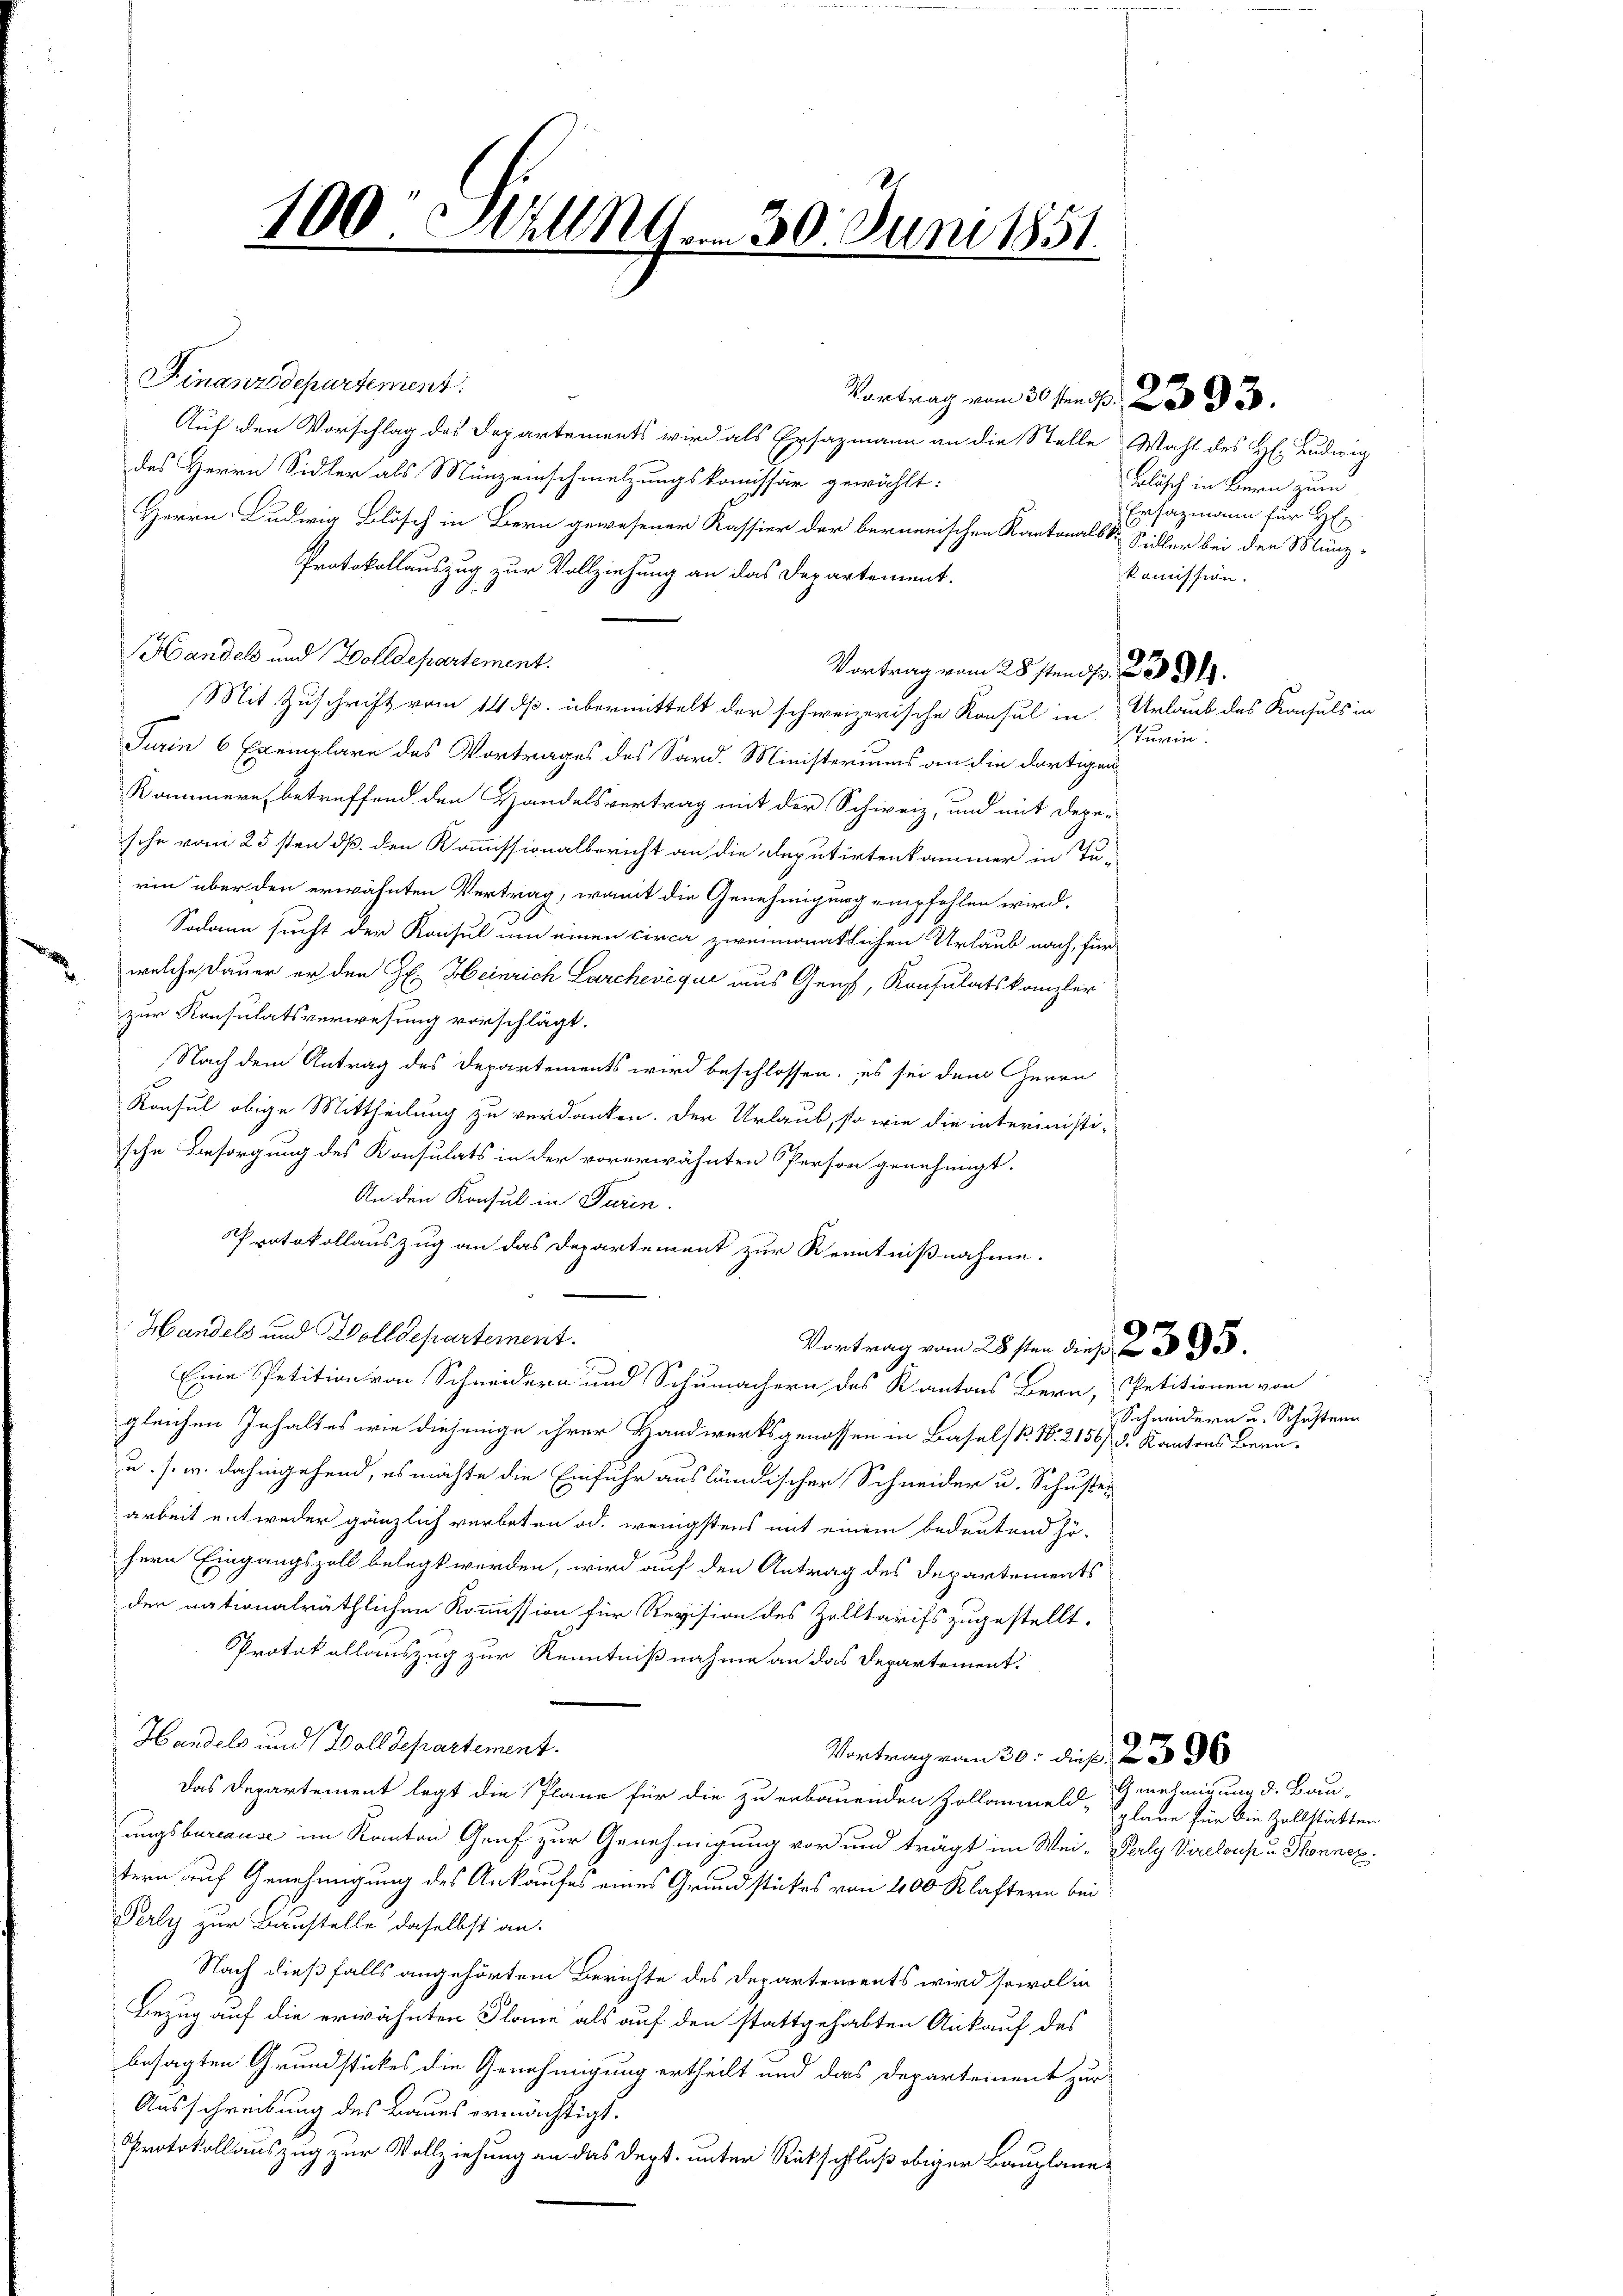
100 Mill M. 30. Juni 1851.
x

Finanzdepartement.
Auf den Vorschlag des Departements wird als Ersazmann an die Stelle Wahl des H. Ludwig
des Herrn Sidler als Münzeinschmelzungskomissär gewählt:
Herrn Ludwig Blösch in Bern gewesener Kassier der bernerischen Kantonalbo Sidler bei den Münz¬
Protokollauszug zur Vollziehung an das Departement.
Handels und Wolldepartement.
Vortrag vom 28sten d. 239.
Mit Zuschrift vom 14. p. übermittelt der schweizerische Konsul in
Turin 6 Exemplare des Vortrages des Sard. Ministeriums an die dortigen
Kammern, betreffend den Handelsvertrag mit der Schweiz, und mit Dege-
sche vom 25sten d. den Kommissionalbericht an die Deputirtenkammer in Turin über den erwähnten Vertrag, womit die Genehmigung empfehlen wird.
Sodann sucht der Konsul um einen circa zweimonatlichen Urlaub nach, für
welche Dauer er den H. Heinrich Larchevéqui aus Genf, Konsulatskanzler
zur Konsulatsverwesung vorschlägt.
Nach dem Antrag des Departements wird beschlossen, es sei dem Herrn
Konsul obige Mittheilung zu verdanken. Der Urlaub, so wie die interinisti-
sehe Besorgung des Konsulats in der vorerwähnten Person genehmigt.
An den Konsul in Turin.
Protokollauszug an das Departement zur Kenntnißnahme.
Handels und Wolldepartement.
Vortrag vom 28sten dies 2 S. 95.
Eine Petition von Schneidern und Schumachern des Kantons Bern, Petitionen von
gleichen Inhaltes wie diejenige ihrer Handwerksgenossen in Basels. N. 2156/8 Kantons Bern,
u. s. w. dahingehend, es möchte die Einfuhr ausländischer Schneider u. Schuste-
arbeit entweder gänzlich verboten od. wenigstens mit einem bedeutend hö-
hern Eingangszoll belegt werden, wird auf den Antrag des Departements
der nationalräthlichen Kommission für Revision des Zelltarifs zugestellt.
Protokollauszug zur Kenntnißnahme an das Departement.
Handels und Wolldepartement.
Vortrag von 20. dies 2. 396
Das Departement legt die Pläne für die zu erbauenden Zollanmeld-Genehmigung d. Bau-
ungsbureause im Kanton Graf zur Genehmigung vor und trägt im Wei- Perly Vieloup u. Thonnex
tern auf Genehmigung des Ankaufes eines Grundstückes von 400 Klaftern bei
Perly zur Baustelle daselbst an.
Nach dießfalls angehörtem Berichte des Departements wird sowol in
Bezug auf die erwähnten Plane als auf den stattgehabten Ankauf des
besagten Grundstückes die Genehmigung ertheilt und das Departement zur
Ausschreibung des Baues ermächtigt.
Protokollauszug zur Vollziehung an das dept. unter Rückschluß obiger Bauplane¬

Vortrag vom 20sten S. 230. 33.

Bolisch in Bern zum
Ersatzmann für Hr.
komission.

Urlaub des Konsuls in
Turin

Schmidern u. Schustern

plane für die Zollstätten